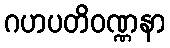
ဂဟပတိဝဏ္ဏနာ